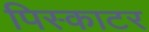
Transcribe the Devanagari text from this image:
पिस्काटर